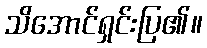
သိအောင်ရှင်းပြ၏။